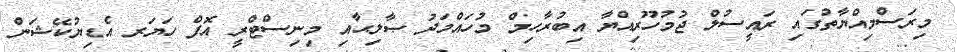
މިރަސްމިއްޔާތުގައި ރައީސުލް ޖުމުހޫރިއްޔާ އިބުރާހިމް މުހައްމަދު ޞާލިޙާއި މިނިސްޓްރީ އޮފް ހަޔަރ އެޑިޔުކޭޝަން